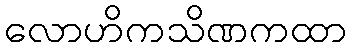
လောဟိကသိဏကထာ